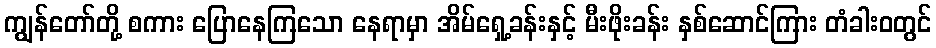
ကျွန်တော်တို့ စကား ပြောနေကြသော နေရာမှာ အိမ်ရှေ့ခန်းနှင့် မီးဖိုးခန်း နှစ်ဆောင်ကြား တံခါးဝတွင်